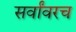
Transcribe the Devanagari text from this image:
सर्वांवरच